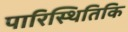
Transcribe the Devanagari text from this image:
पारिस्थितिकि